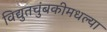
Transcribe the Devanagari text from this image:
विद्युतचुंबकीमधल्या